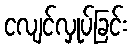
ငလျင်လှုပ်ခြင်း